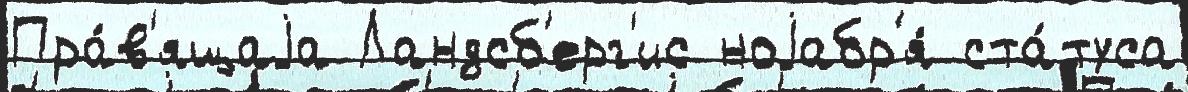
Пра́в'ящаjа Ландсб'ерг'ис ноjабр'я́ ста́туса